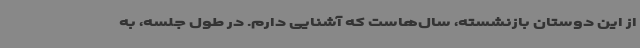
از این دوستان بازنشسته، سال‌هاست که آشنایی دارم. در طول جلسه، به